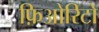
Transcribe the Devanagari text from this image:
फ़िओरिटो